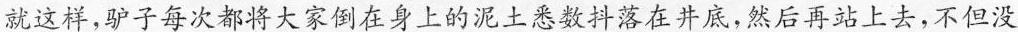
就这样，驴子每次都将大家倒在身上的泥土悉数抖落在井底，然后再站上去，不但没